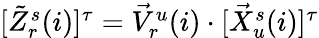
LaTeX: \begin{array}{r}{[\tilde{Z}_{r}^{s}(i)]^{\tau}=\vec{V}_{r}^{u}(i)\cdot[\vec{X}_{u}^{s}(i)]^{\tau}}\end{array}